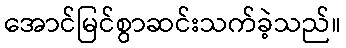
အောင်မြင်စွာဆင်းသက်ခဲ့သည်။